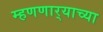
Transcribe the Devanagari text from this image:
म्हणणार्‍याच्या